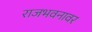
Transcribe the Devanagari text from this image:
राजभवनावर